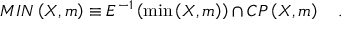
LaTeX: { \cal M I N } \left( X , m \right) \equiv E ^ { - 1 } \left( \operatorname * { m i n } \left( X , m \right) \right) \cap { \cal C P } \left( X , m \right) \quad .